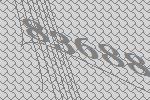
83688